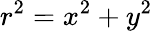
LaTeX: r^{2}=x^{2}+y^{2}